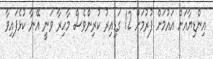
އިންޑިޔާއަށް އައުމަށް ފުރުމަށް 12 ގަޑިއިރު ކުރިންވެސް މާހިރާ ވަނީ އޭނާ ކުޅެފައިވާ